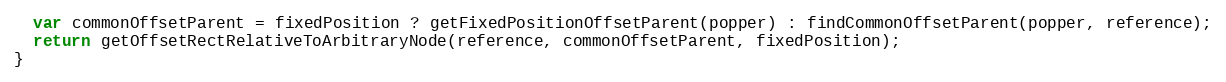
Language: JavaScript
  var commonOffsetParent = fixedPosition ? getFixedPositionOffsetParent(popper) : findCommonOffsetParent(popper, reference);
  return getOffsetRectRelativeToArbitraryNode(reference, commonOffsetParent, fixedPosition);
}